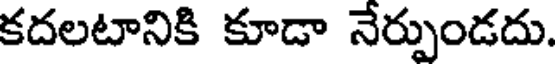
కదలటానికి కూడా నేర్పుండదు.